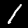
Digit: 1